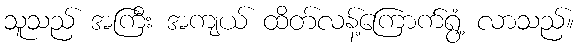
သူသည် အကြီး အကျယ် ထိတ်လန့်ကြောက်ရွံ့ လာသည်။